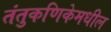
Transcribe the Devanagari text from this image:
तंतुकणिकेमधील